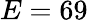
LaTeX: E=69